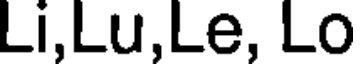
Li,Lu,Le, Lo